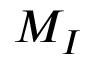
M _ { I }